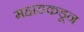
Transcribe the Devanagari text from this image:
महाडकडून